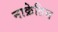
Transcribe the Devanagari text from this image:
नाक्रेतिस